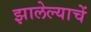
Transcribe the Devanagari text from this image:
झालेल्याचें